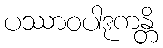
ပဿာဝပါဒုကန္တိ